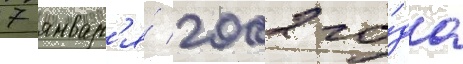
7 январ'я́ 2002 го́да